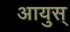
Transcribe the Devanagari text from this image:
आयुस्‌